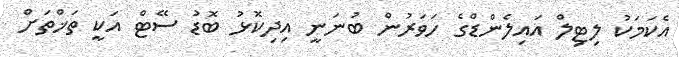
އެކަމަކު ލިޓިލް އައިލެންޑްގެ ހަވަރުން ބުނަނީ އިދިކޮޅު ބޮޑު ސޭޓް އަކީ ތަޚްތަށް